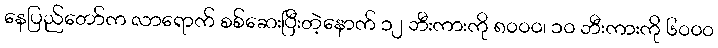
နေပြည်တော်က လာရောက် စစ်ဆေးပြီးတဲ့နောက် ၁၂ ဘီးကားကို ၈၀၀၀၊ ၁၀ ဘီးကားကို ၆၀၀၀